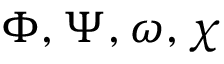
\Phi , \Psi , \omega , \chi